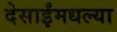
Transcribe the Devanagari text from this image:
देसाईंमधल्या